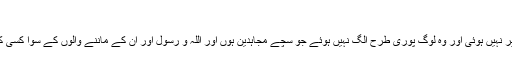
(تفسیر)
مطلب یہ ہے کہ ابھی جماعت کی تطہیر نہیں ہوئی اور وہ لوگ پوری طرح الگ نہیں ہوئے جو سچے مجاہدین ہوں اور اللہ و رسول اور اُن کے ماننے والوں کے سوا کسی کی دوستی اور قرابت کی پروا نہ کریں۔